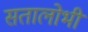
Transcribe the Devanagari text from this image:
सतालोभी